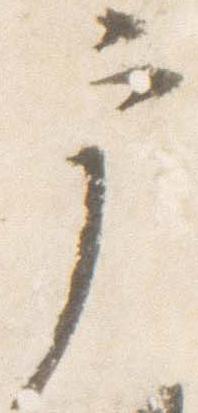
戸